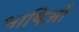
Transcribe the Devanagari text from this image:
भाषिओं